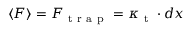
\langle F \rangle = F _ { \mathrm { ~ t ~ r ~ a ~ p ~ } } = \kappa _ { \mathrm { ~ t ~ } } \cdot d x